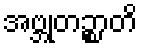
အဗ္ဘုတဉ္စာတိ